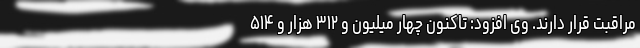
مراقبت قرار دارند. وی افزود:‌ تاکنون چهار میلیون و ۳۱۲ هزار و ۵۱۴